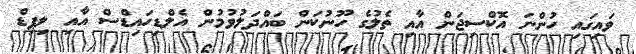
ވައިގައި ހުންނަ އޮކްސިޖަން އާއި ތެލުގެ ހޫނުކަން ބައްދަލުވުމުން އެލްޑިހައިޑްސް އާއި ލިޕިޑް